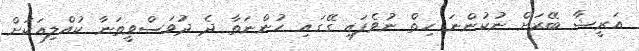
އަރީޝާ ބޭރަށް ނުކުންނަ ހިތް ނުވެފައި ގޭގައި ހުންނަތާ ދެ ދުވަސްވީތަނާ ކުއްލިއަކަށް